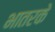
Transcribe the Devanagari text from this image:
भातरके